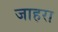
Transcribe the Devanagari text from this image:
जाहरा